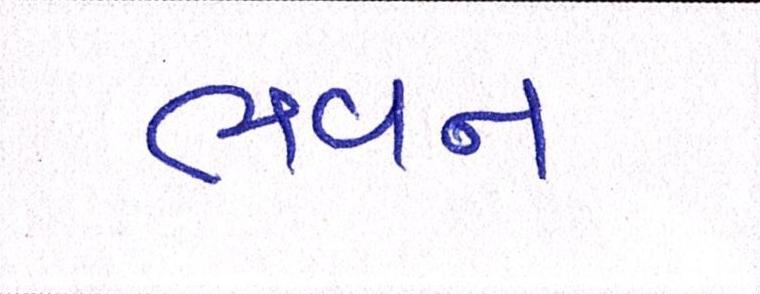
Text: ભવન